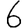
Digit: 6